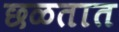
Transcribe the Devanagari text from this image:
छळतात